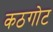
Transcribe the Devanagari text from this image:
कठगोट